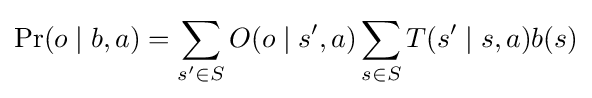
\Pr(o\mid b,a)=\sum _{s'\in S}O(o\mid s',a)\sum _{s\in S}T(s'\mid s,a)b(s)